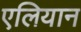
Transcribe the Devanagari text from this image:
एलियान